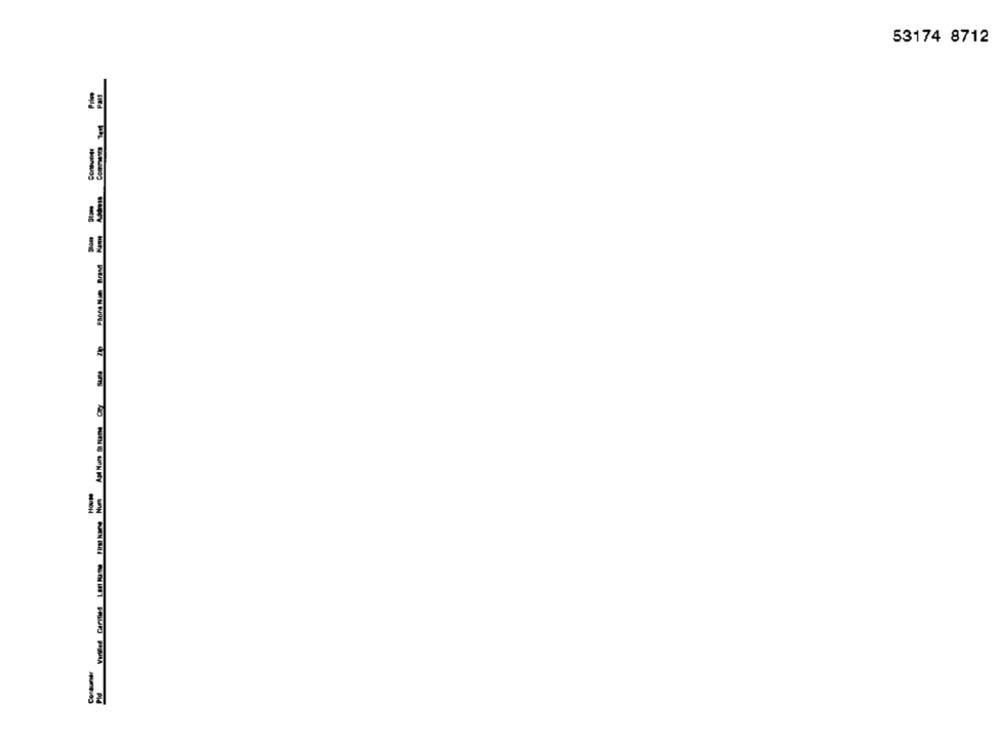
53174 8712
AS